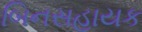
બિનસહાયક